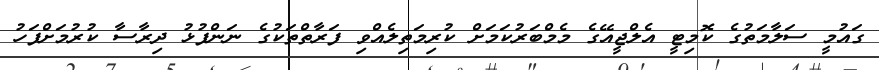
ގައުމީ ސަލާމަތުގެ ކޮމިޓީ އެލްޖީއޭގެ މެމްބަރުކަމަށް ކުރިމަތިލެއްވި ފަރާތްތަކުގެ ނަންފުޅު ދިރާސާ ކުރުމަށްފަހު